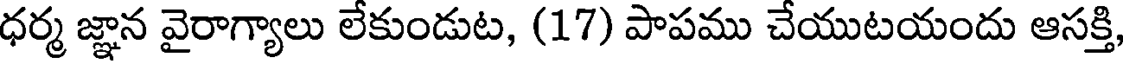
ధర్మ జ్ఞాన వైరాగ్యాలు లేకుండుట, (17) పాపము చేయుటయందు ఆసక్తి